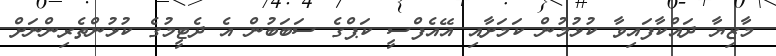
މާޒިޔާ ދައްކާފައިވާ ކުޅުމުން ކަމަށާއި އޭއެފްސީ ކަޕްގެ ސަބަބުން އެ ދެޓީމުގެ ކުޅުންތެރިންނަށް